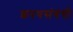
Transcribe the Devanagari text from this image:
शपथसंबंधी